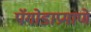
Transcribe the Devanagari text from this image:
पॅगोडाप्रमाणे